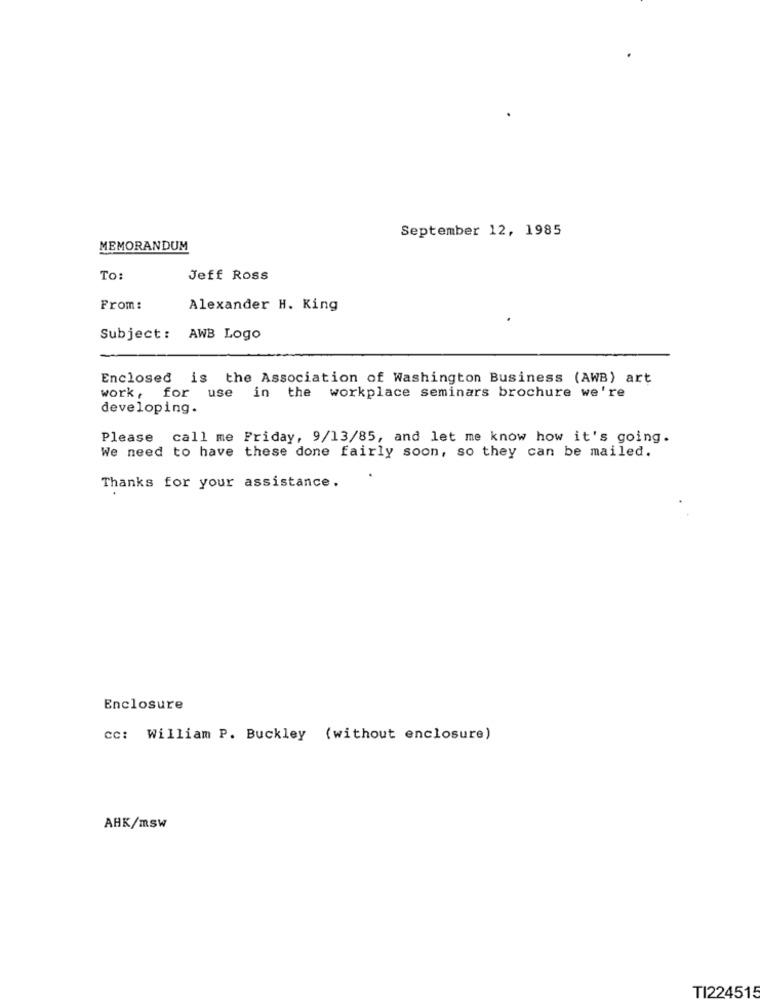
September 12, 1985
MEMORANDUM
To:
Jeff Ross
From :
Alexander H. King
Subject: AWB Logo
Enclosed is the Association of Washington Business (AWB) art
work, for use in the workplace seminars brochure we're
developing.
Please call me Friday, 9/13/85, and let me know how it's going.
We need to have these done fairly soon, so they can be mailed.
Thanks for your assistance.
Enclosure
cc: William P. Buckley (without enclosure)
ARK/msw
TI224515